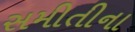
સમીતીના